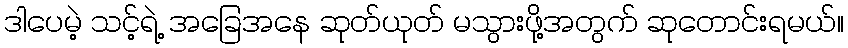
ဒါပေမဲ့ သင့်ရဲ့ အခြေအနေ ဆုတ်ယုတ် မသွားဖို့အတွက် ဆုတောင်းရမယ်။